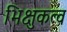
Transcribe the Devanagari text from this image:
भिक्षुकत्व